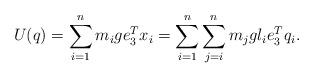
LaTeX: \begin{align*}U(q) = \sum_{i=1}^n m_i g e_3^T x_i = \sum_{i=1}^n \sum_{j=i}^n m_jg l_i e_3^T q_i.\end{align*}